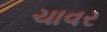
ચાવર